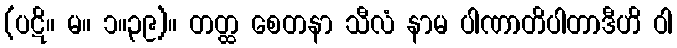
(ပဋိ။ မ။ ၁။၃၉)။ တတ္ထ စေတနာ သီလံ နာမ ပါဏာတိပါတာဒီဟိ ဝါ